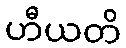
ဟီယတိ